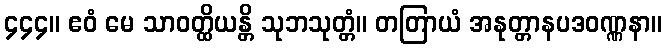
၄၄၄။ ဧဝံ မေ သာဝတ္ထိယန္တိ သုဘသုတ္တံ။ တတြာယံ အနုတ္တာနပဒဝဏ္ဏနာ။